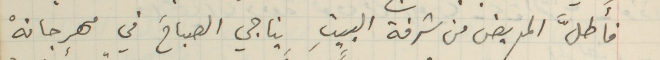
فأَطلَّ المريض من شرفة البيتِ يناجي الصباحَ في مهرجانهْ